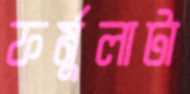
ফর্মুলাটা